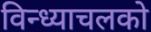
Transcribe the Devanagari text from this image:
विन्ध्याचलको